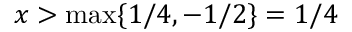
x > \operatorname* { m a x } \{ 1 / 4 , - 1 / 2 \} = 1 / 4